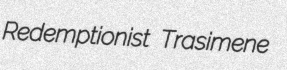
Redemptionist Trasimene